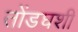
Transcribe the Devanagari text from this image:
तोंडघशी